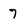
Character: 7